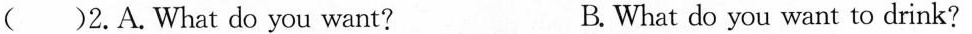
( )2.A.What do you want? B.What do you want to drink?